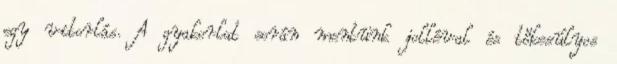
egy vitorlás. A gyakorlat során mentünk jolléval és tőkesúlyos